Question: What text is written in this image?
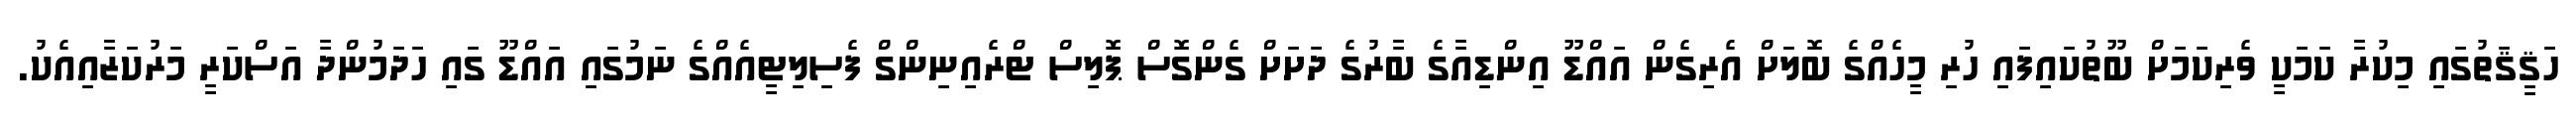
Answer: ހަޤީޤަތުގައި މިކުރާ ކަމަކީ ވެރިކަމަށް ބޫތުކައިފައި ހުރި މީހެއްގެ ބޮލަށް އެރިގެން އައްޑޫ އިންޑިއާގެ ބާރުގެ ދަށަށް ގެންގޮސް ޕޮލިސް ޓްރެއިނިންގް ފެސިލިޓީއެއްގެ ނަމުގައި އައްޑޫ ގައި ހަދަމުންދާ އަސްކަރީ މަރުކަޒާއިއެކު.